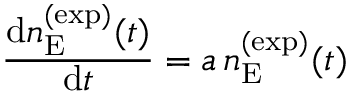
\frac { \mathop { } \! { \mathrm d } n _ { \mathrm { E } } ^ { ( \mathrm { e x p } ) } ( t ) } { \mathop { } \! { \mathrm d } t } = a \, n _ { \mathrm { E } } ^ { ( \mathrm { e x p } ) } ( t )